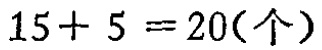
\(15 + 5 = 20(\text{个})\)